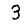
Digit: 3